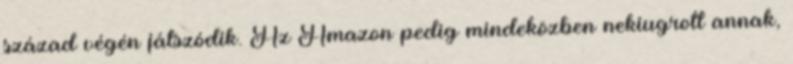
század végén játszódik. Az Amazon pedig mindeközben nekiugrott annak,